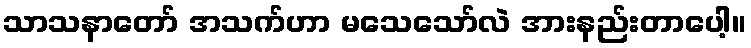
သာသနာတော် အသက်ဟာ မသေသော်လဲ အားနည်းတာပေါ့။